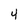
Character: 4